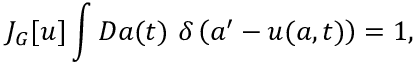
J _ { G } [ u ] \int { \cal D } a ( t ) ~ \delta \left( a ^ { \prime } - u ( a , t ) \right) = 1 ,